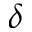
\delta